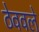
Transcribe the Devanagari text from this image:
ठेववले